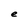
Character: e